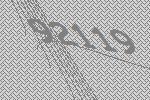
92119